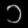
Digit: ၁